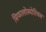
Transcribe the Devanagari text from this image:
सिफालोस्पोरियम